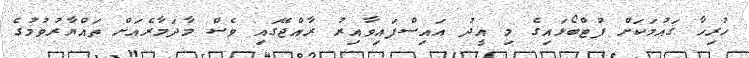
ހުރިހާ ގައުމަކަށް ފުޓްބޯޅައިގެ މި އީދު އައިސްފައިވާއިރު ރާއްޖޭގައި ވެސް މާދަމާރެއަށް ތައްޔާރުވުމުގެ